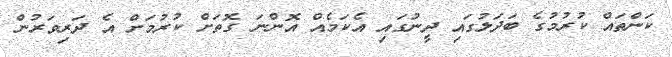
ކަންތައް ކުރުމުގެ ބަދަލުގައި ދީނުގައި އެކަމެއް އޮންނަ ގޮތަށް ކުރުމަށް އެ ދަރިވަރުން